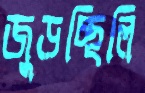
জুড়চ্ছিলি